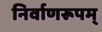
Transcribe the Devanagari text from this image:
निर्वाणरूपम्